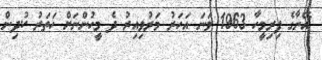
އޭނާގެ ފިރިމީހާ 1963 ވަނަ އަހަރު މަރުވިއިރު ދެ މީހުންނަށް ހަތަރު ކުދިން